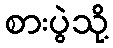
စားပွဲသို့